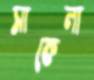
সাকেলা